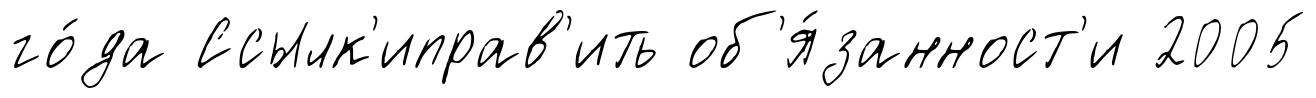
го́да Ссылк'иправ'ить об'я́занност'и 2005